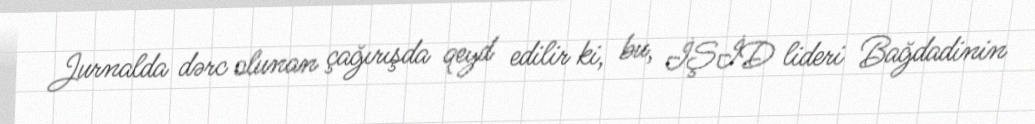
Jurnalda dərc olunan çağırışda qeyd edilir ki, bu, İŞİD lideri Bağdadinin